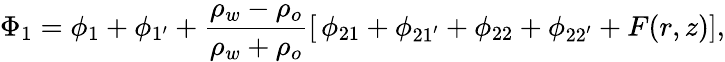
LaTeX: \Phi_{1}=\phi_{1}+\phi_{1^{\prime}}+\frac{\rho_{w}-\rho_{o}}{\rho_{w}+\rho_{o}}\left[\, \phi_{21}+\phi_{21^{\prime}}+\phi_{22}+\phi_{22^{\prime}}+F(r,z)\right],